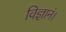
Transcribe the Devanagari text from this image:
विज्ञानं।